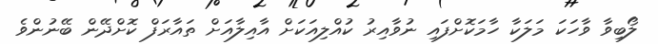
ލޯބިވާ ވާހަކަ މަލަކާ ހާމަކޮށްފައި ނުވާއިރު ކުއްލިއަކަށް އާއިލާއަށް ތައާރަފް ކޮށްދޭން ބޭނުންވެ